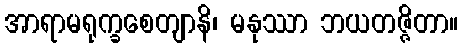
အာရာမရုက္ခစေတျာနိ၊ မနုဿာ ဘယတဇ္ဇိတာ။